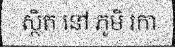
ស្ថិត នៅ ភូមិ រកា